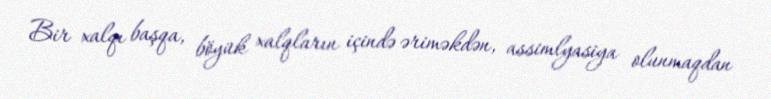
Bir xalqı başqa, böyük xalqların içində əriməkdən, assimlyasiya olunmaqdan